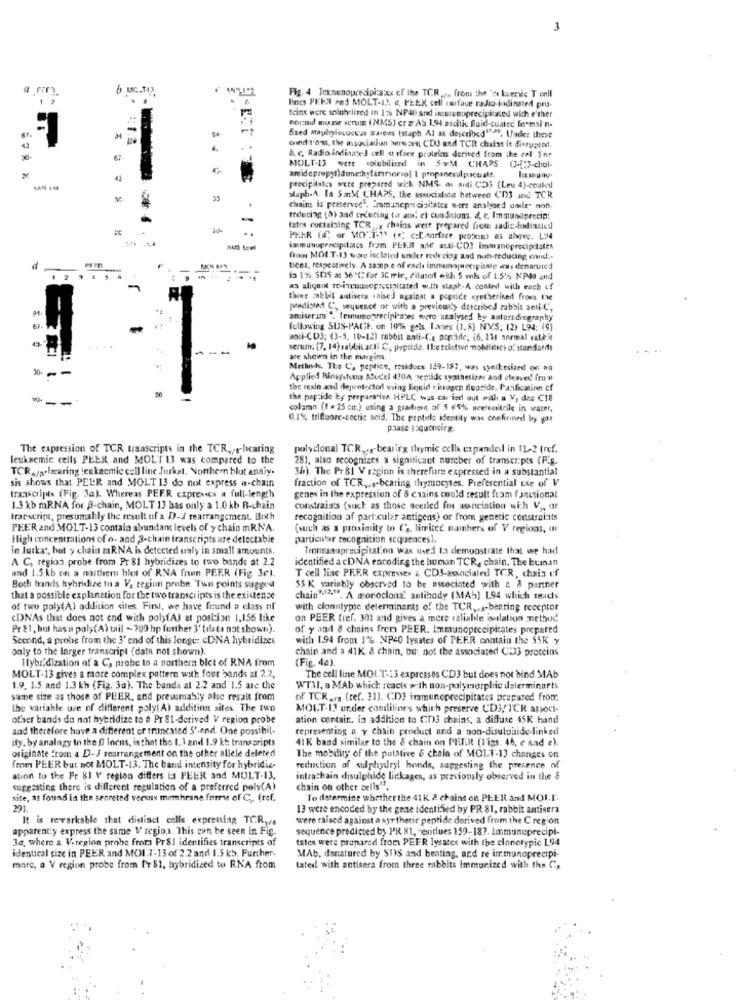
3
6 MG.TIS
Fig. 4 Immunoprecipitaxes of the TCR ... from the "ou kuenic T cell
lines PEER and MOLT-12, c, PEER cell surface radio-ladinated pru-
sound musse serum (NMS) ct # AS 1.94 ascitic fluid-cuate In"main-
teins were soluhelived in 16 NP40 and intrenoprecipitated with either
-
fixed Maphylovucess aureus (staph Al as described". Under these
ond t'n'as, the association berworn CDJ and TCR chatas is disrupyod.
30
a. c. Radio Indinated cell at rface proteins derived from the cel' Int
MULT-13 were colubilized in 5WM CHAPS (-[:]-chol-
precipitates were prepared with NMS- or anti UDS (Leu 4)-coated
33
staph-A. In San'M CHAPS, the associabice hatween CD] and TCR
.
chains is preserved', Immuneprecisitates were analysed umile" non.
-
reducing (5) aad trzeciag ta an' e) cunSitions, d, e, Immunoprecip:
..
tates curtaining TCR , chains were prepared fices sadic-bodinsted
PEHR (f) or MO".I-1' ( *; c:L'.orface proteins as above. L:14
immunuprecipitacs from PEER ae anti-CD3 Immaneprecipitates
from MOIT-13 woe isc lated under reducing and non-reducing cand :-
d
-
tions, respectively. A samp.e of each immunspuntipitale was denaruted
48
in 1% SDS at 36'℃ for IC mir, dilater with S enk of 1.5'6 NP40 and
-
za aligeot To-inusoprecipitated w.th staph-A coated with each ef
three zabbit atisera saised against a peptide syntherined from Ine
-
predicted C", sequence or with a previously described rabbit ami-C',
aniceram . leimunopreciphases were analysed by autoradiography
fellowing SUS-PAGt. on 10% gels. Lanes (1.8) NVS. (2) L94; ($)
wski-CD3: (3-5, 10-12) rabbit anti-Ce porside; (6, 131 normal ratdie
serum. (7, 14) sabbkarti C, peptide. Ihetslatrue mobilities of standards
are shown in the margins.
-
Methoks, The C'a peptice, residues 159-187, was synikesized on no
Applied Rinsystems Mudel 430A -peptid syathetizer and cteaved frou
the resin and deprotectorl using liquid vivogen fluoride. Pacification cf
the peptide by preparative HPLC was car isd out willi a V, dee C18
colarn (1 = 25 cm.) using a gradient al' 5 65% ucercaitrile in water,
0.1% trifluorc-cochic acid. The peptide identity was confirmed by gas
pause soquoncire.
The expression of TCR transcripts in the TCR ,, r-hearing
polyclonal TCR,or-bearing thymic cells expanded in IL-2 (ref.
leuknemic cells PEER and MOL'T 13 was compared to the
28), also recognizes a significant nureber of transcripts (F.g.
TCR ./p.hearing tenkacmic cell line Jurkat. Northern blot analy.
36). The Pr81 V region is therefure expressed in a substantial
sis shows that PEUR and MOLT 13 do not express a-chain
fraction of TCR ...- bearing thymocytes. Preferential use of V
transcripts (Fig. 3a). Whereas PEER czpreves a full-length
genen in the expression of 8 caains could result from functional
1.3 kb mRNA for A-chain, MOLT 13 has only a 1.0 kb R-chain
constraints (such as those seetled fos asunciation with V ,, ar
transcript, presumably the result of 2 D-/ rearrangement. Both
recognition af particular antigens) or from genetic constraints
PEER and MOLT-13 contain abundant levels of y chain mRNA.
(such as a proximity to Ca, limitec namhers of V regions, a
fligh concentrations of n- and 3.chain transcripts are delectable
particular recognition sequencesi.
in Jurkat, but y chain mRNA is detected only in small amounts.
Tenmunaprecipitation was used ta demonstrate that we had
A C, region probe from Pr $1 hybridizes to toro bands at 2.2
identified a cDNA encoding the human TCR, chain. The buman
and 1.5 kb on a northern blot of RNA frun PEER (Fig. 3c).
T cell line PF.F.R expresses & CD3-associaled TCR, chain ef
Both hands hybridize to a V. region probe. Twn points sugged
55 K varishly observed to be associated with e & partner
that a possible explanation for the two transci ipts is the existence
chain"2". A monoclon' antibody (MAb] 194 which reacts
of two poly(A) addition sites. First, we have found a class of
with clonatypie determinants of the TCR. ..- bearing receptor
CDNAs that does not end with poly(A) at posiisn 1,156 like
on PEER (ref. 30) and gives a more reliable isolation method
Pr 21, but has a poly(A) tail - 700 hp further 3' (data not showti).
of y and 8 chains frem PEER. Immunoprecipitates prepared
Second, a probe from the 3' end of this longe: cDNA hybridizes
with 1.94 from 1% NP40 lysates of PEER contain the SSK y
only to the larger transcript (data not shown).
chain and a 41K & chain, bu: not the associated C:33 proteins
Hybridization of a Ca probe to a northern bict of RNA from
(Fig. 4a).
MOLT-13 gives a more complex pattern with four bands at 2.2,
The cell line MOLT-13 expresses CD3 but does not bind MAb
1.9. 1.5 and 1.3 kb (Fig. 3a). The bands al 2.2 and 1.5 are the
WT31, a MAb which reacts with non-polymorphic determinarts
sanne size as those of PEER, and presumably alse result from
of TCK ... (ref. 11). CD] inmunoprecipitates prepared from.
the variable uce of different poly( A) addition sites. The two
MOLT-12 under condilines which preserve CD3/TCK associ-
other bands do not hybridize to a Pr 81-derived V region probe
ation contain .. in addition to CD3 chains, a diffuse 45K hand
and therefore have a different or truncated S'-end. One possibil-
representing a y Chain product and a non-disulpaide-linked
ity. by analazy in the @ locus, is that the 1.3 and 1.9 kt transcripts
41 K band similar to the & chain on PETR (Figs. 46, c and c).
originate from a D-J rearrangement on the other allele deleted
The mobility of the putative & chain of MOLT-13 changes on
from PEER but not MOLT-13. The band intensity for hybridie-
reduction of sulphydryl honds, suggesting the presence of
ation to the Pr 81 V region differs ia PEER and MULT-13.
intrachain disulphide linkages, as previously observed in the &
suggesting there is different regulation of a preferred poly(A)
chain on other cells".
site, as found in the secreted versus membrane forms of C ,. (ref.
"To determine whether the 41 K & chains on PEER and MOI.I.
13 were encoded by the gene identified by PR 81, rabbit antisera
It is revarkable that distinct cells expressing TCR./.
were raised against a syrthetic peptide derived from the C region
apparently express the same V region. This can be seen in Fig.
sequence predicted by PR 81, - esiclues 159-187. Immuneprecipi-
Be, where a V.region probe from Pr&I identifies transcripts of
tates were prepared from PEER lysates with the clonotypic 194
identical size in PEER and MOI.T-13 of 2.2 and 1.5 kb. Further.
MAb. denatured by SI)S and beating, and re inmunoprecipi-
marc, a V region probe from P'r $1, hybridized to RNA from
tated with antisera from three rabbits immunized with the C,